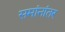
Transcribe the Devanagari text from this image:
समांनांतर